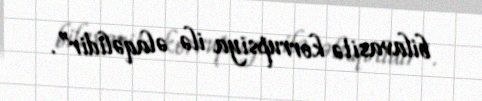
bilavasitə korrupsiya ilə əlaqəlidir”.